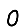
Digit: 0